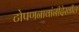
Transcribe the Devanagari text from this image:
टोपणनावांनीदेखील